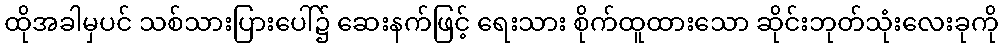
ထိုအခါမှပင် သစ်သားပြားပေါ်၌ ဆေးနက်ဖြင့် ရေးသား စိုက်ထူထားသော ဆိုင်းဘုတ်သုံးလေးခုကို